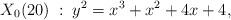
LaTeX: \begin{align*}X_0(20) \; : \; y^2 = x^3 + x^2 + 4x + 4,\end{align*}